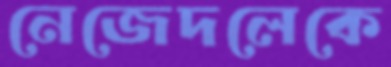
নেজেদলেকে